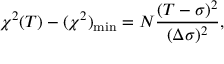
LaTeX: \chi ^ { 2 } ( T ) - { ( \chi ^ { 2 } ) } _ { \mathrm { m i n } } = N \frac { ( T - \sigma ) ^ { 2 } } { ( \Delta \sigma ) ^ { 2 } } ,